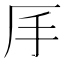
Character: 𠨾